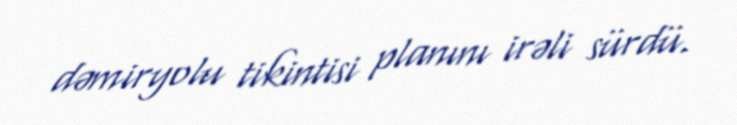
dəmiryolu tikintisi planını irəli sürdü.